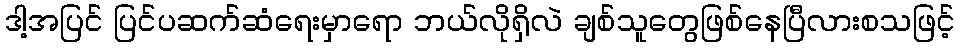
ဒါ့အပြင် ပြင်ပဆက်ဆံရေးမှာရော ဘယ်လိုရှိလဲ ချစ်သူတွေဖြစ်နေပြီလားစသဖြင့်